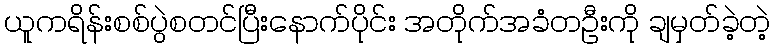
ယူကရိန်းစစ်ပွဲစတင်ပြီးနောက်ပိုင်း အတိုက်အခံတဦးကို ချမှတ်ခဲ့တဲ့